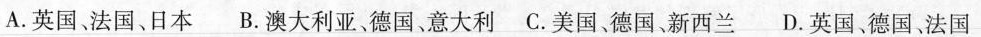
A. 英国、法国、日本 B. 澳大利亚，德国，意大利 C. 美国，德国、新西兰 D. 英国、德国，法国